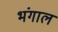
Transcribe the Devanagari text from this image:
भंगाल